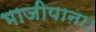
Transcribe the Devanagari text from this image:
भाजीपाना।